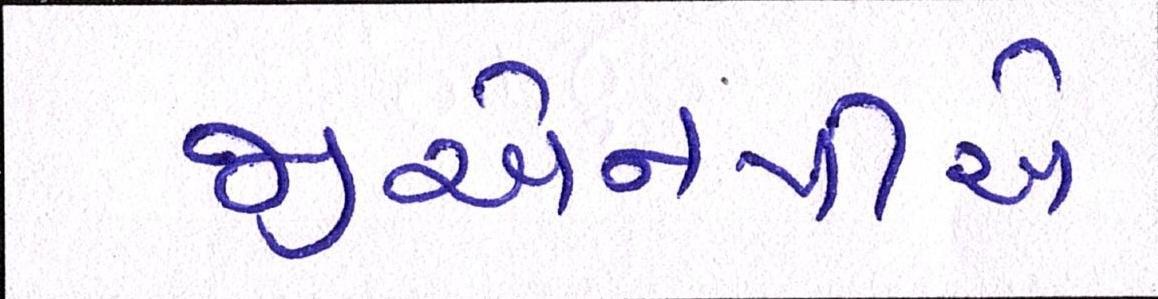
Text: જીએનપીએ